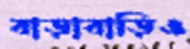
বাড়াবাড়িও